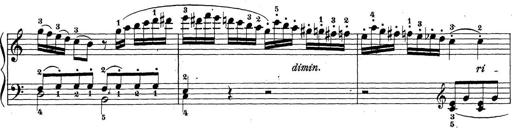
Title: Sonatina Album
Composer: Louis KÃ¶hler